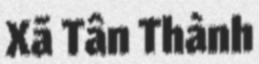
Xã Tân Thành